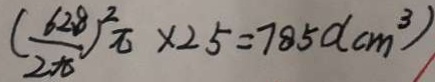
( \frac { 6 2 8 } { 2 \pi } ) ^ { 2 } \pi \times 2 5 = 7 8 5 0 ( c m ^ { 3 } )